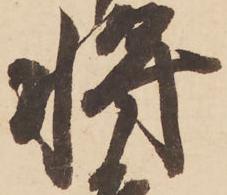
将